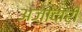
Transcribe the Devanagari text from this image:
अज़ादारी